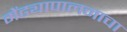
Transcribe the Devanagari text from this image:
मेंढ्यापालनाचा